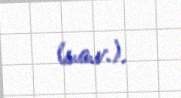
(s.a.v.).